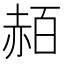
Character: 𧹡